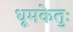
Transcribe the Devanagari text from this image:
धूमकेतुः